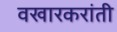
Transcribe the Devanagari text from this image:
वखारकरांती